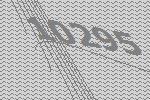
10295